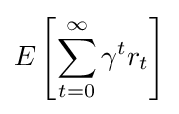
E\left[\sum _{t=0}^{\infty }\gamma ^{t}r_{t}\right]